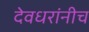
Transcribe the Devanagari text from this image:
देवधरांनीच